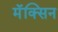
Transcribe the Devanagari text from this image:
मॅक्सिन